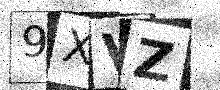
Text: 9XVZ